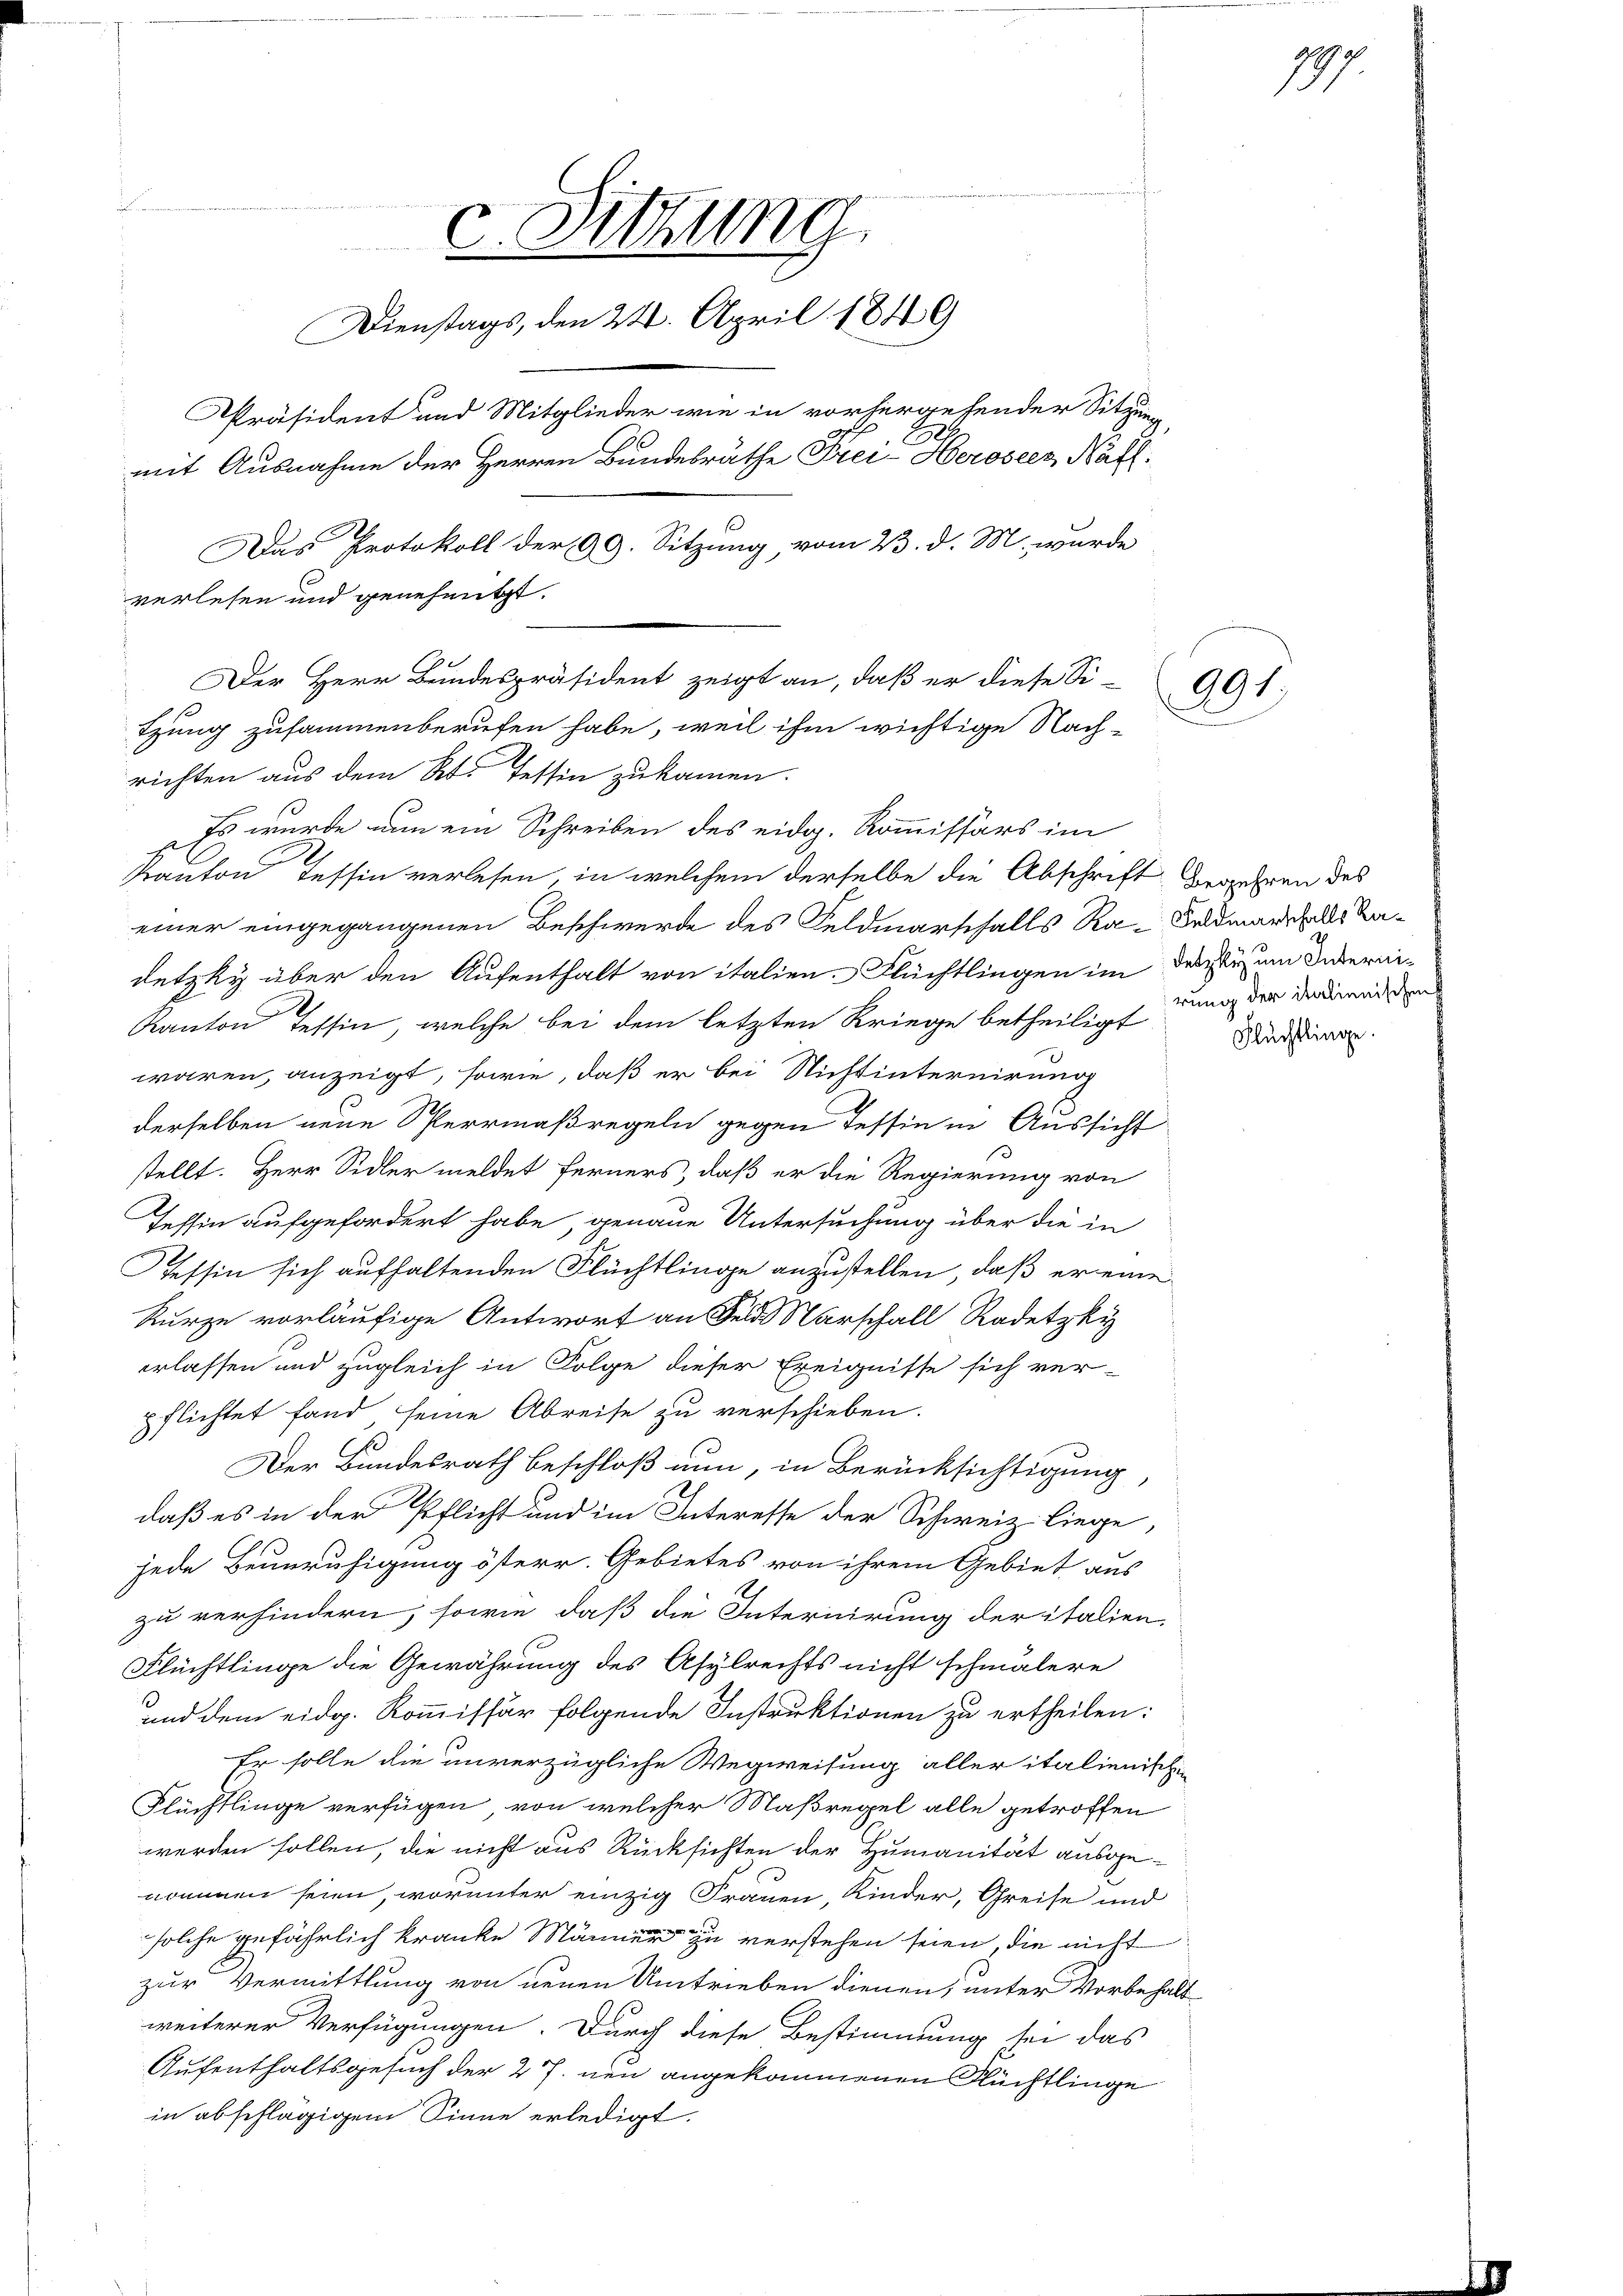
u
c. Sitzung
Dienstags, den 24. April 1849
Präsident und Mitglieder wie in vorhergehender Sitzun
mit Ausnahme der Herren Bundesräthe Frei Herosecz, Näfl.
A
Das Protokoll der 99. Sitzung, vom 23. d. M. wurde
verlesen und genehmigt.

Der Herr Bundespräsident zeigt an, daß er diese Sitzung zusammenberufen habe, weil ihm wichtige Nach¬

richten aus dem Kt. Tessin zukommen.
Es wurde am ein Schreiben des eidg. Kommissärs im
Kanton Tessin verlesen, in welchem derselbe die Abschrift Begehren des
einer eingegangenen Beschwerde des Feldmarschalls Ra-Feldmarsfalls Kadetzky über den Aufenthalt von italien. Flüchtlingen im der um Interni¬
Kanton Tessin, welche bei dem letzten Kriege betheiligt dann der Dauerdien
waren, anzeigt, sowie, daß er bei Nichtinternirung
derselben neue Sperrmaßregeln gegen Tessin in Aussicht
stellt. Herr Sidler meldet ferners, daß er die Regierung von
Tessin aufgefordert habe, genaue Untersuchung über die in
Tessin sich aufhaltenden Flüchtlinge anzustellen, daß er eine
Kurze vorläufige Antwort an den Marschall Radetzky
erlassen und zugleich in Folge dieser Ereignisse sich ver-
pflichtet fand seine Abreise zu verschieben.
Der Bundesrath beschloß nun, in Berücksichtigung
daß es in der Pflicht und im Interesse der Schweiz. liege,
jede Beunruhigung österr. Gebietes von ihrem Gebiet aus
zu verhindern, sowie daß die Interirung der italien-
Flüchtlinge die Gewährung des Asylrechts nicht schmälere
und dem eidg. Kommissär folgende Instruktionen zu ertheilen:
Er solle die unverzügliche Wegweisung aller italienische
Flüchtlinge verfügen, von welcher Maßregel alle getroffen
werden sollen, die nicht aus Rücksichten der Humanität ausgenommen seien, worunter einzig Frauen, Kinder, Greise und
solche gefährlich kranke Männer zu verstehen seien, die nicht
zur Vermittlung von neuen Umtrieben dienen, unter Vorbehalt
weiterer Verfügungen. Durch diese Bestimmung sei das
Aufenthaltsgesuch der 27. neu angekommenen Flüchtlinge
in abschlägigem Sinne erledigt.

191

1897

Flüchtlinge.